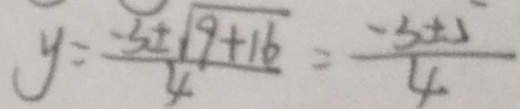
y = \frac { - 3 \pm \sqrt { 9 + 1 6 } } { 4 } = \frac { - 3 \pm 5 } { 4 }